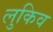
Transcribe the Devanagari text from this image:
लुकिव